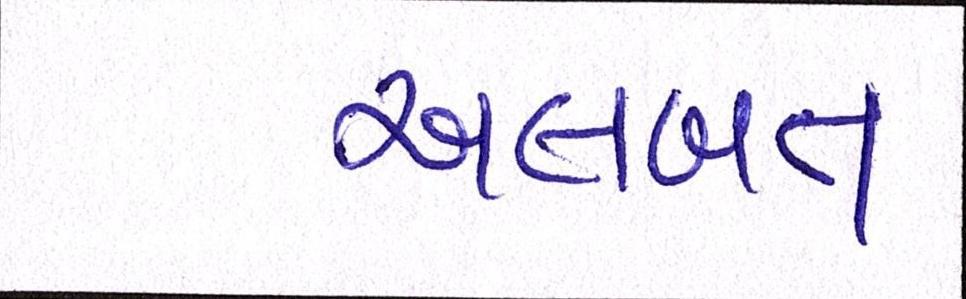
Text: અલબત્ત